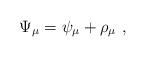
LaTeX: \begin{align*}\Psi_\mu = \psi_\mu + \rho_\mu~,\end{align*}